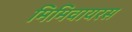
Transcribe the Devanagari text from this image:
मिमिवायरस